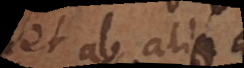
et ab aliquo